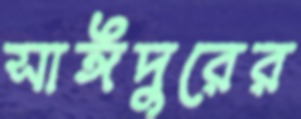
সাঈদুরের